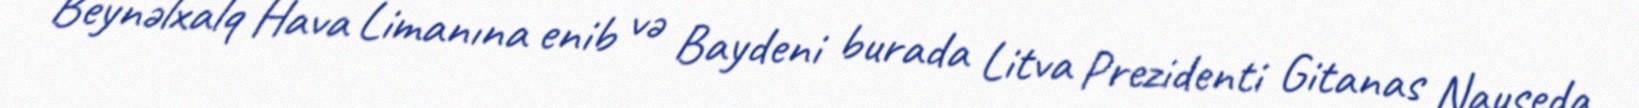
Beynəlxalq Hava Limanına enib və Baydeni burada Litva Prezidenti Gitanas Nauseda